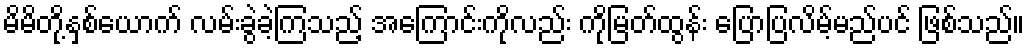
မိမိတို့နှစ်ယောက် လမ်းခွဲခဲ့ကြသည့် အကြောင်းကိုလည်း ကိုမြတ်ထွန်း ပြောပြလိမ့်မည်ပင် ဖြစ်သည်။